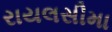
રાયલસીમા